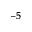
^ { - 5 }